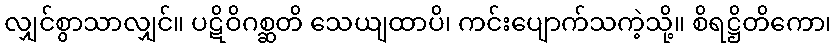
လျှင်စွာသာလျှင်။ ပဋိဝိဂစ္ဆတိ သေယျထာပိ၊ ကင်းပျောက်သကဲ့သို့။ စိရဋ္ဌိတိကော၊